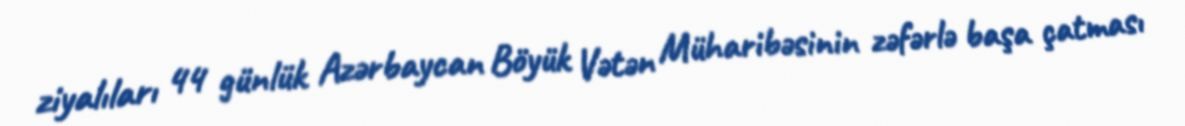
ziyalıları 44 günlük Azərbaycan Böyük Vətən Müharibəsinin zəfərlə başa çatması